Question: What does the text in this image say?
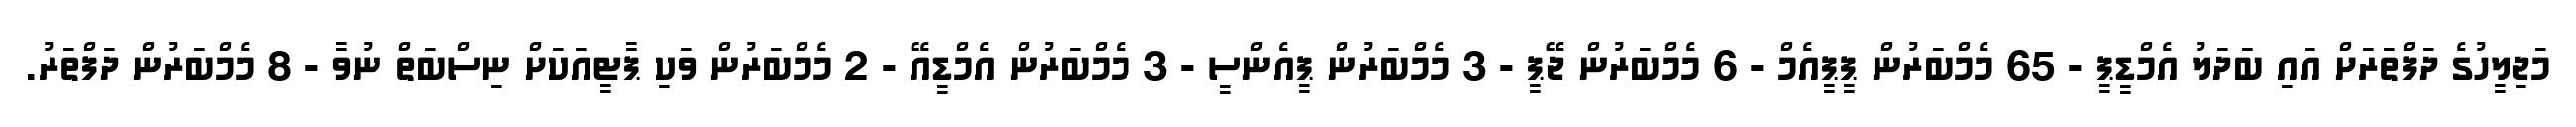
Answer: މަޖިލީހުގެ ދަފްތަރަށް އައި ބަދަލު އެމްޑީޕީ - 65 މެމްބަރުން ޕީޕީއެމް - 6 މެމްބަރުން ޖޭޕީ - 3 މެމްބަރުން ޕީއެންސީ - 3 މެމްބަރުން އެމްޑީއޭ - 2 މެމްބަރުން ވަކި ޕާޓީއަކަށް ނިސްބަތް ނުވާ - 8 މެމްބަރުން ދަފްތަރު.